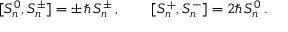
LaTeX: [ S _ { n } ^ { 0 } , S _ { n } ^ { \pm } ] = \pm \, \hbar \, S _ { n } ^ { \pm } \, , \qquad [ S _ { n } ^ { + } , S _ { n } ^ { - } ] = 2 \hbar \, S _ { n } ^ { 0 } \, .